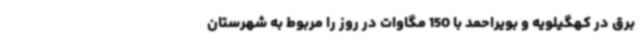
برق در کهگیلویه و بویراحمد با 150 مگاوات در روز را مربوط به شهرستان